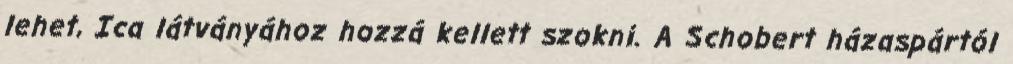
lehet, Ica látványához hozzá kellett szokni. A Schobert házaspártól